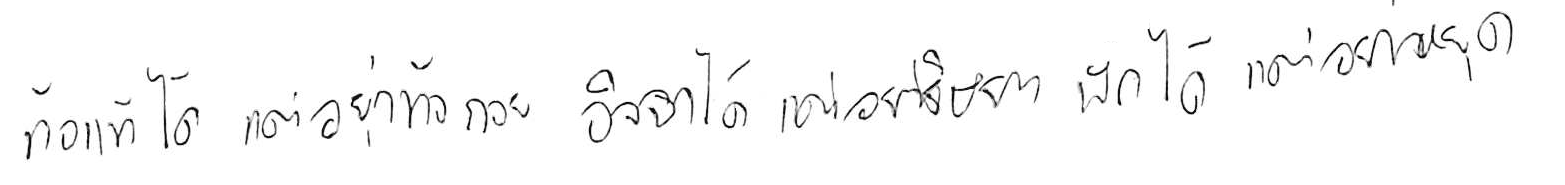
ท้อแท้ได้ แต่อย่าท้อถอย อิจฉาได้ แต่อย่าริษยา พักได้ แต่อย่าหยุด